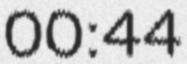
00:44